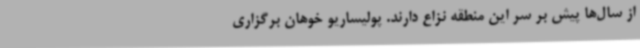
از سال‌ها پیش بر سر این منطقه نزاع دارند. پولیساریو خوهان برگزاری